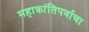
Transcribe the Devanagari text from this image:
महाक्रांतिपर्वाचा